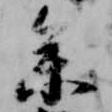
参